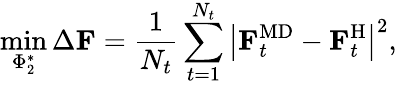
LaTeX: \operatorname*{min}_{\Phi_{2}^{*}}\Delta\mathbf{F}=\frac{1}{N_{t}}\sum_{t=1}^{N_{t}}\left|\mathbf{F}_{t}^{\mathrm{MD}}-\mathbf{F}_{t}^{\mathrm{H}}\right|^{2},